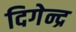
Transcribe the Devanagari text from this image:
दिगेन्द्र